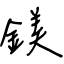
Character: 鎂